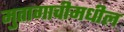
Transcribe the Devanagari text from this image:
मुतागाचीमधील